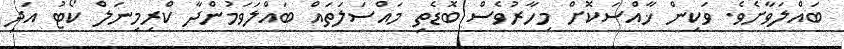
ބައްލަވާށެވެ. ވަކިން ޚާއްސަކޮށް މިހާރުވެސް ބޮޑެތި މައްސަލަތައް ބައްލަވަމުންދާ ކްރިމިނަލް ކޯޓު އަދި